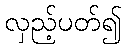
လှည့်ပတ်၍